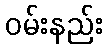
ဝမ်းနည်း